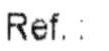
REF.: